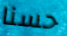
حسنا